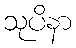
သုပိနာ